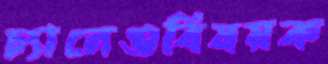
চ্যালেঞ্জবিষয়ক